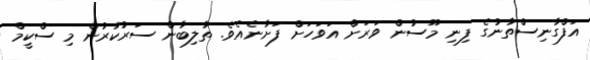
އަފްގާނިސްތާނުގެ ފިނި މޫސުން ވަރަށް އަވަހަށް ފަށާނެއެެވެ. ތާލިބާން ސަރުކާރުން މި ސްކީމް